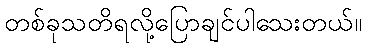
တစ်ခုသတိရလို့ပြောချင်ပါသေးတယ်။